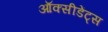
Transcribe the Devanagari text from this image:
ऑक्सीडेंट्स